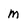
Character: m